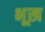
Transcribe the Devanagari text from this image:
भूख़